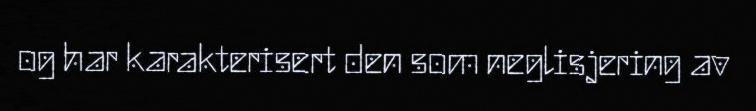
og har karakterisert den som neglisjering av